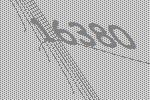
16380